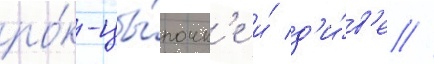
ро́к-цы́почк'е и́ д'и́в'е /